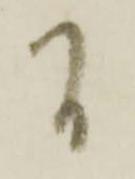
間